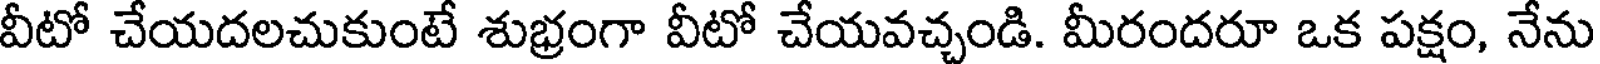
వీటో చేయదలచుకుంటే శుభ్రంగా వీటో చేయవచ్చండి. మీరందరూ ఒక పక్షం, నేను